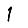
Digit: 1